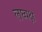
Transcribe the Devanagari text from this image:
लघ्वक्ष